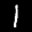
Label: 1